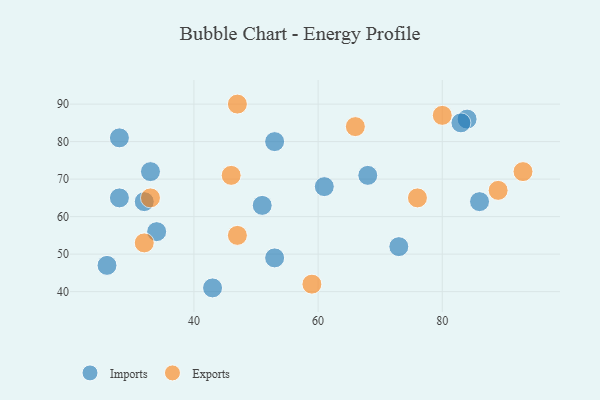
{"axis": {"x": "GDP", "y": "Life Expectancy"}, "legend": ["Exports", "Imports"], "data": [{"x": "68", "y": 71, "type": "Imports"}, {"x": "53", "y": 80, "type": "Imports"}, {"x": "73", "y": 52, "type": "Imports"}, {"x": "84", "y": 86, "type": "Imports"}, {"x": "34", "y": 56, "type": "Imports"}, {"x": "53", "y": 49, "type": "Imports"}, {"x": "32", "y": 64, "type": "Imports"}, {"x": "43", "y": 41, "type": "Imports"}, {"x": "83", "y": 85, "type": "Imports"}, {"x": "26", "y": 47, "type": "Imports"}, {"x": "86", "y": 64, "type": "Imports"}, {"x": "33", "y": 72, "type": "Imports"}, {"x": "28", "y": 81, "type": "Imports"}, {"x": "61", "y": 68, "type": "Imports"}, {"x": "51", "y": 63, "type": "Imports"}, {"x": "28", "y": 65, "type": "Imports"}, {"x": "47", "y": 90, "type": "Exports"}, {"x": "59", "y": 42, "type": "Exports"}, {"x": "89", "y": 67, "type": "Exports"}, {"x": "33", "y": 65, "type": "Exports"}, {"x": "76", "y": 65, "type": "Exports"}, {"x": "32", "y": 53, "type": "Exports"}, {"x": "93", "y": 72, "type": "Exports"}, {"x": "80", "y": 87, "type": "Exports"}, {"x": "47", "y": 55, "type": "Exports"}, {"x": "46", "y": 71, "type": "Exports"}, {"x": "66", "y": 84, "type": "Exports"}]}